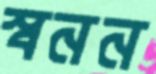
স্বনন